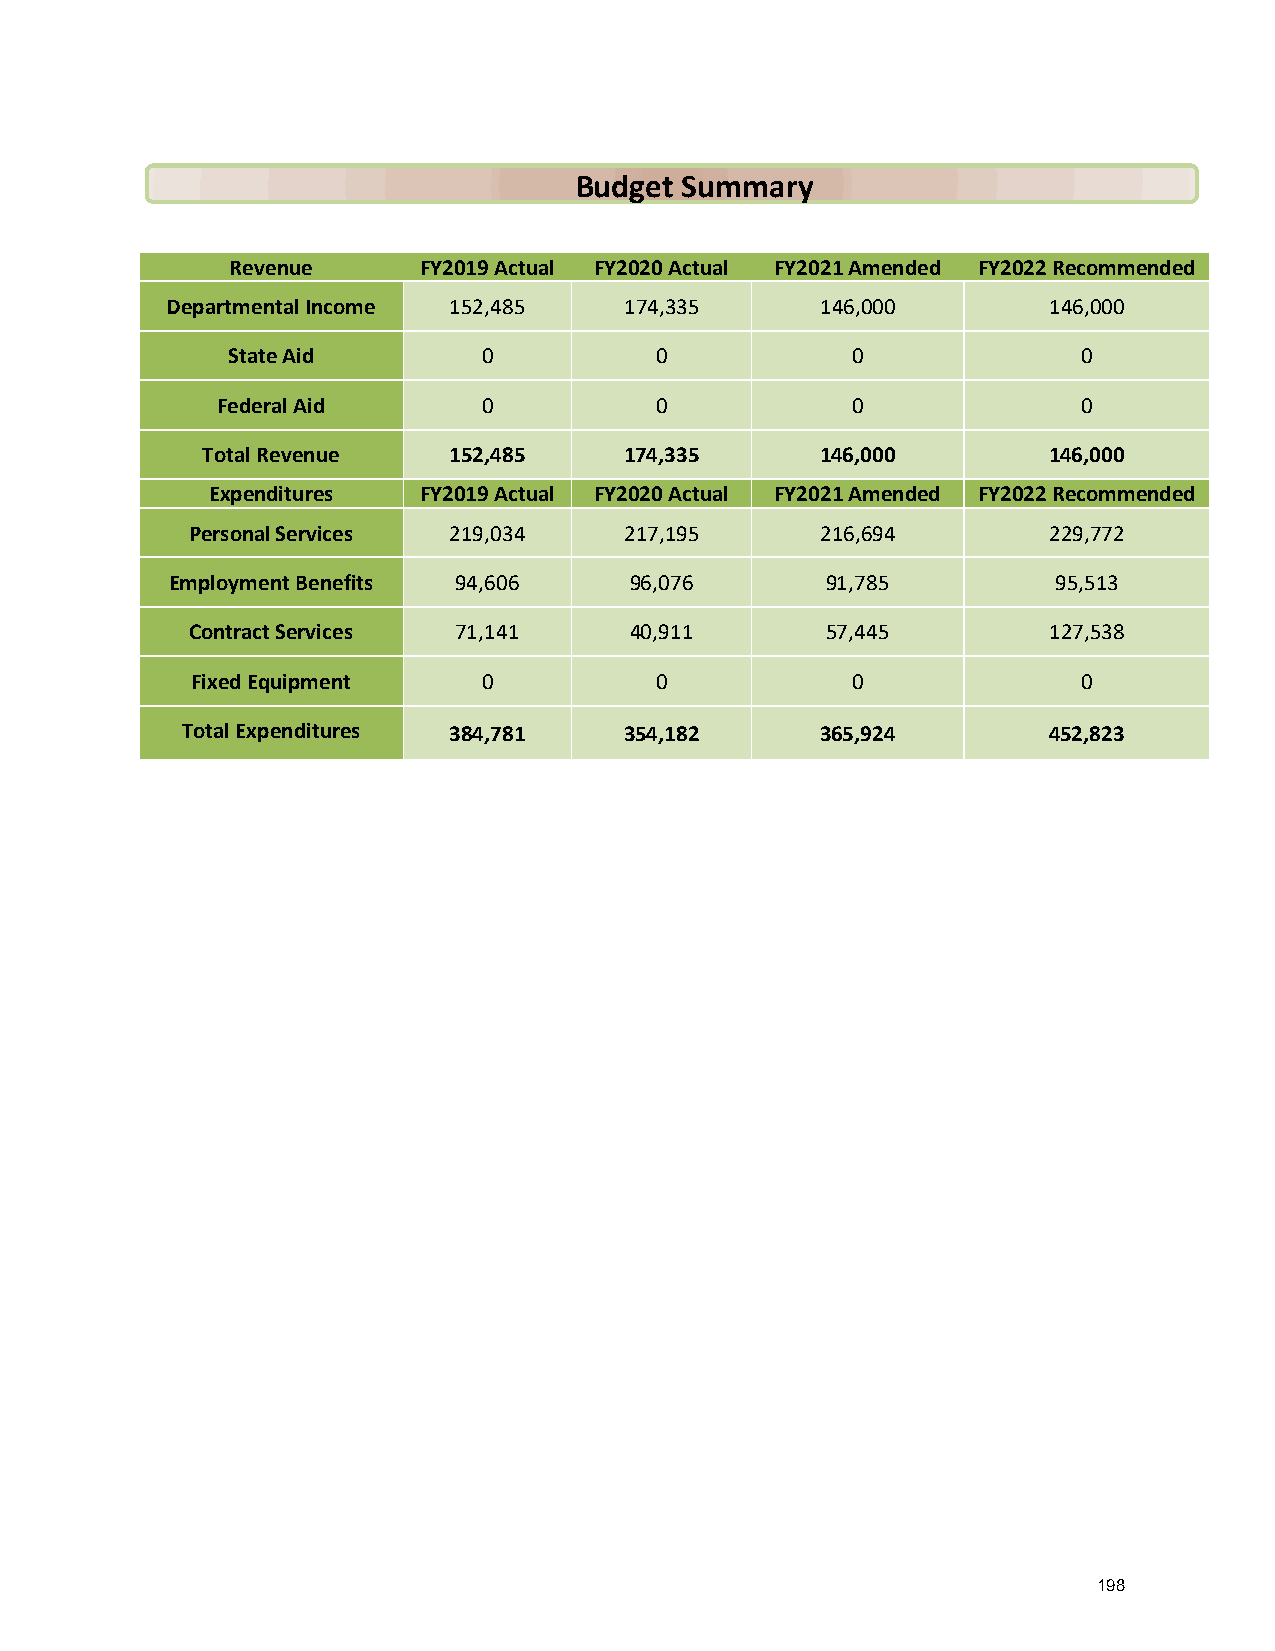
Budget Summary
 Revenue      FY2019 Actual FY2020 Actual FY2021 Amended FY2022 Recommended
 Departmental Income 152,485   174,335      146,000        146,000
 State Aid        0          0            0               0
 Federal Aid       0          0            0               0
 Total Revenue    152,485    174,335      146,000        146,000
 Expenditures  FY2019 Actual FY2020 Actual FY2021 Amended FY2022 Recommended
 Personal Services 219,034    217,195      216,694        229,772
 Employment Benefits 94,606     96,076       91,785         95,513
 Contract Services 71,141      40,911       57,445        127,538
 Fixed Equipment    0          0            0               0
 Total Expenditures 384,781   354,182      365,924        452,823
 198